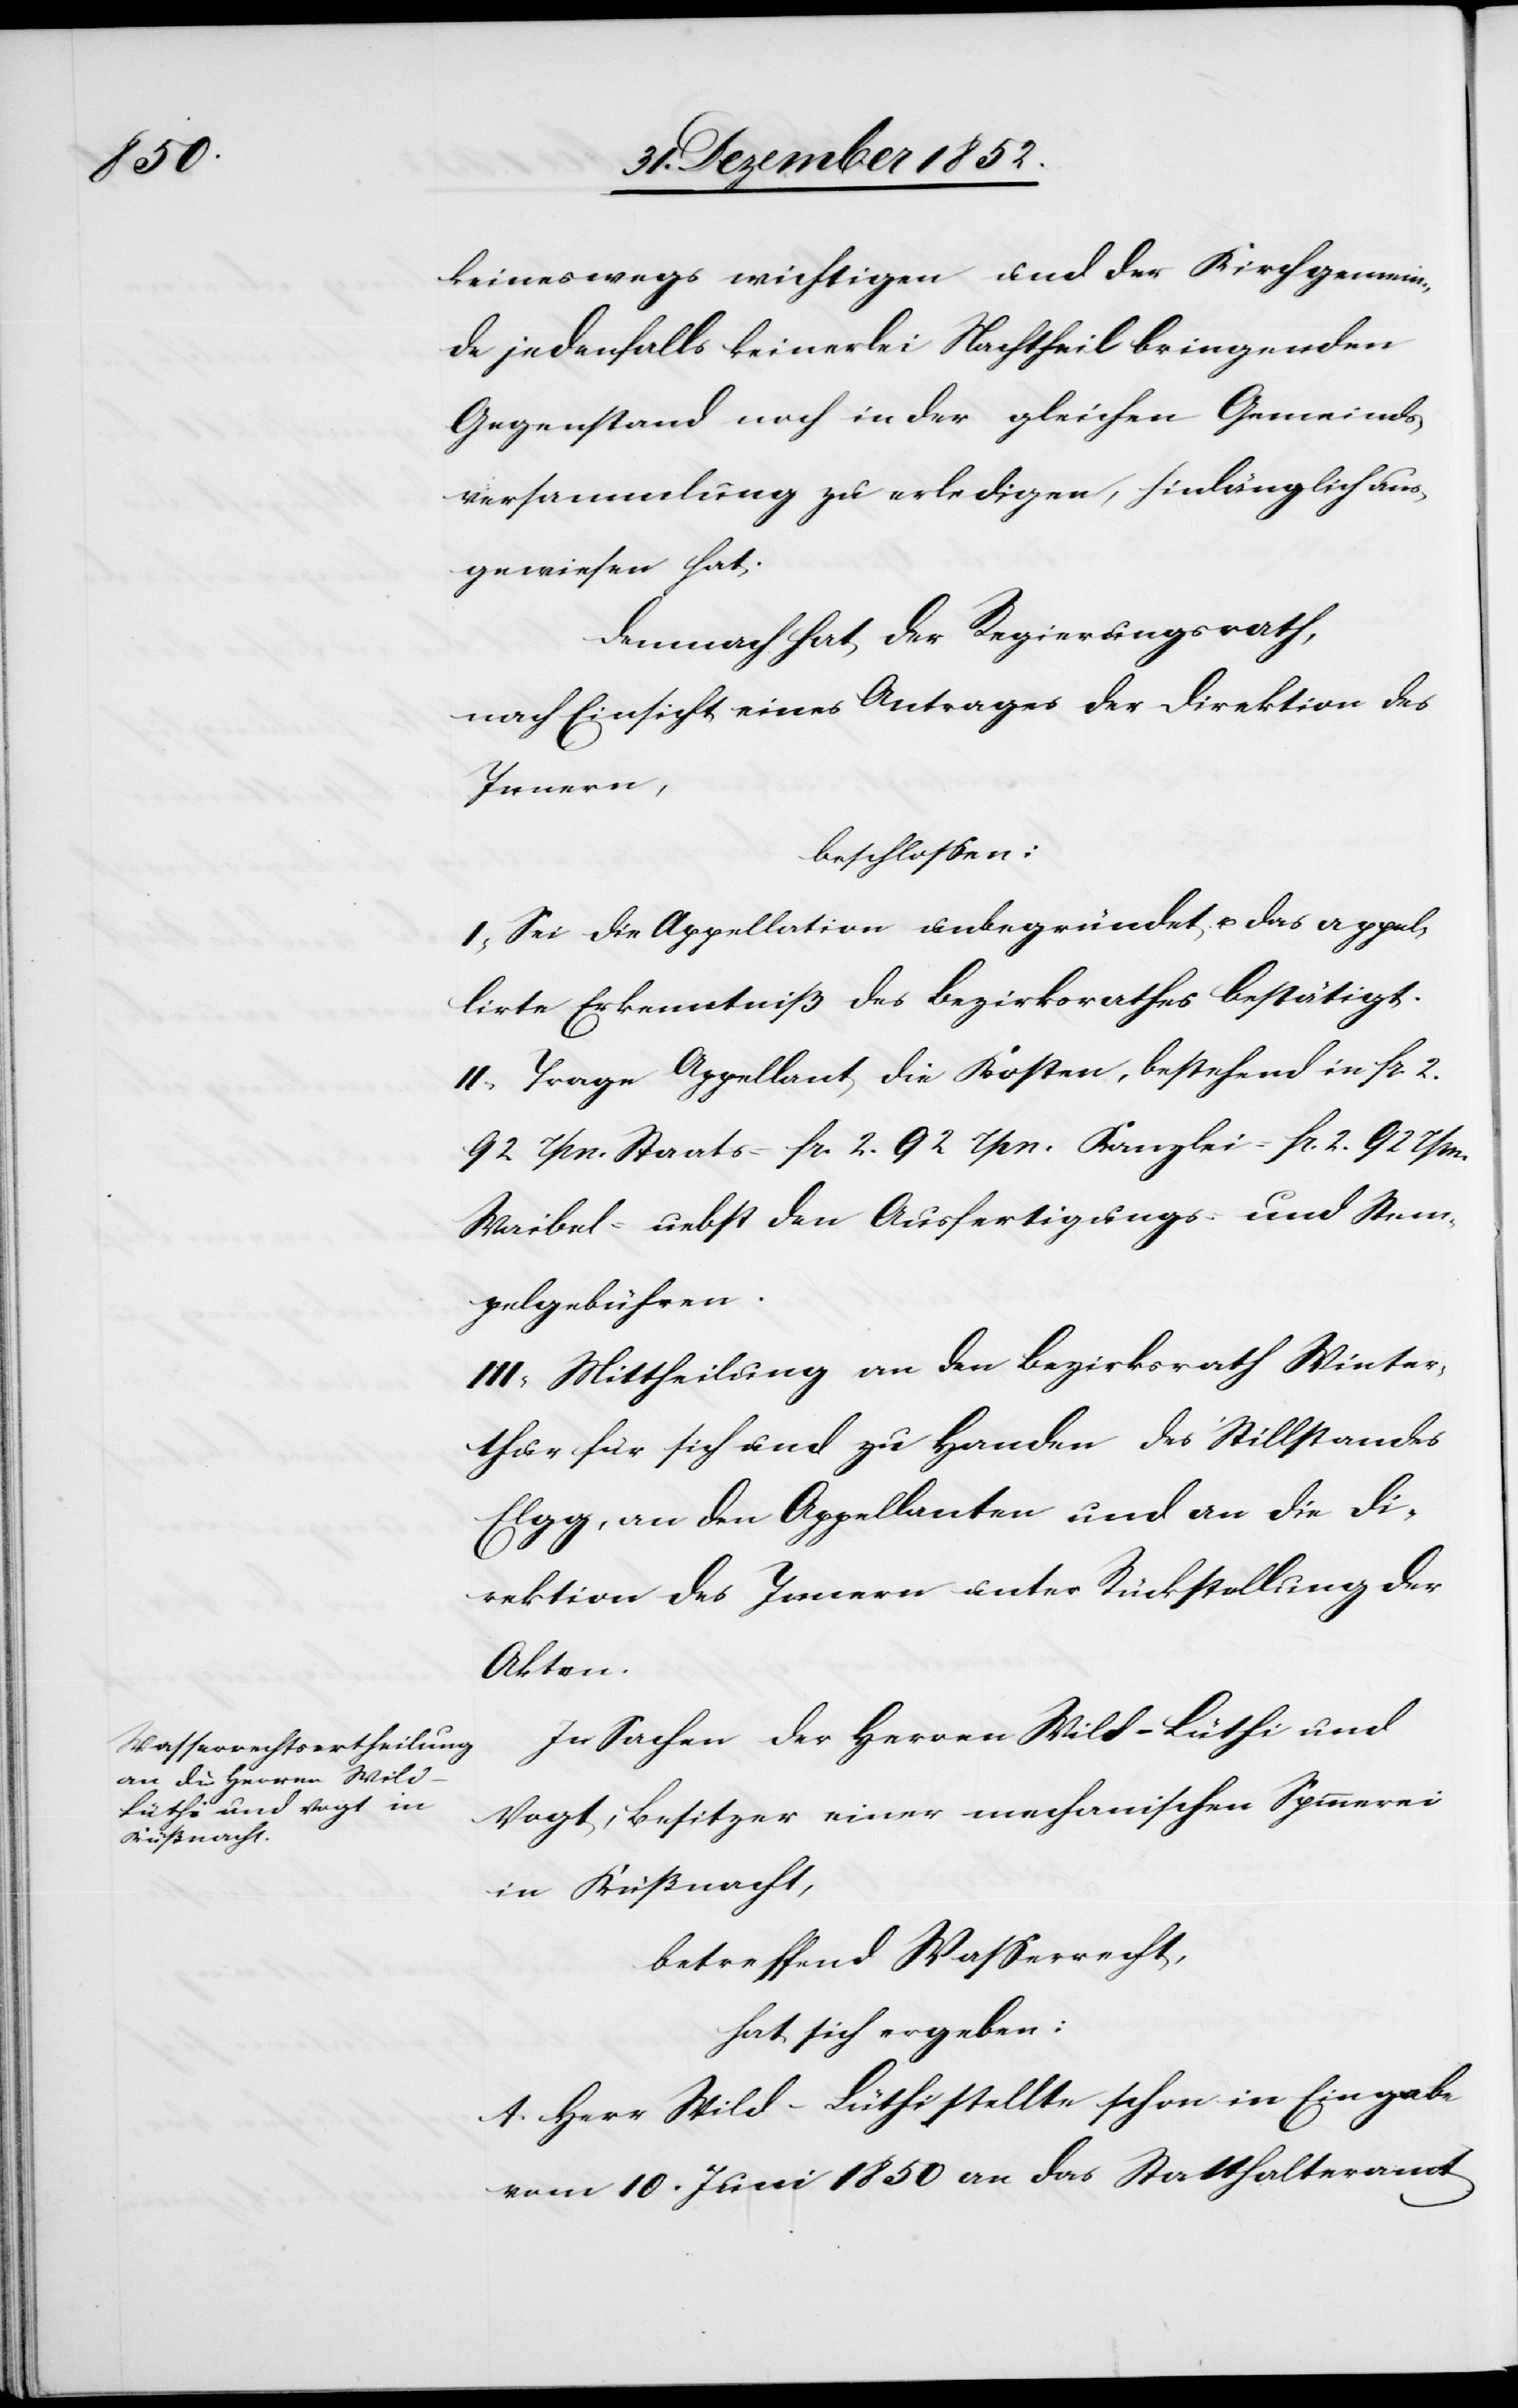
keineswegs wichtigen und der Kirchgemein¬
de jedenfalls keinerlei Nachtheil bringenden
Gegenstand noch in der gleichen Gemeinds¬
versammlung zu erledigen, hinlänglich aus¬
gewiesen hat.
Demnach hat der Regierungsrath,
nach Einsicht eines Antrages der Direktion des
Innern,
beschlossen:
I, Sei die Appellation unbegründet u. das appel¬
lirte Erkenntniß des Bezirksrathes bestätigt.
II, Trage Appellant die Kosten, bestehend in fr. 2.
92 rpn. Staats-[,] fr. 2. 92 rpn. Kanzlei-[,] fr. 2. 92 rpn.
Waibel-[,] nebst den Ausfertigungs- und Stem¬
pelgebühren.
III, Mittheilung an den Bezirksrath Winter¬
thur für sich und zu Handen des Stillstandes
Elgg, an den Appellanten und an die Di¬
rektion des Innern unter Rückstellung der
Akten.
In Sachen der Herren Wild-Lüthi und
Vogt, Besitzer einer mechanischen Spinnerei
in Küßnacht,
betreffend Wasserrecht,
hat sich ergeben:
A. Herr Wild-Lüthi stellte schon in Eingabe
vom 10. Juni 1850 an das Statthalteramt